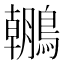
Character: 𪆘